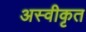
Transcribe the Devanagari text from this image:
अस्‍वीकृत